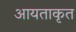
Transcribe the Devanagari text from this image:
आयताकृत